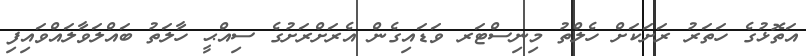
އަތޮޅުގެ ހަތަރު ރަށަކަށް ހެލްތު މިނިސްޓަރ ވަޑައިގެން އެރަށްރަށުގެ ސިއްޙީ ހާލަތު ބައްލަވާލައްވައިފި